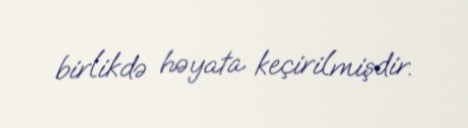
birlikdə həyata keçirilmişdir.